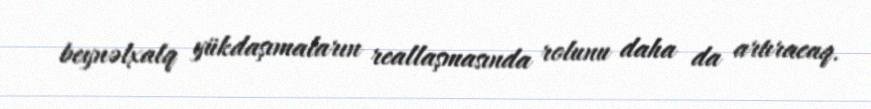
beynəlxalq yükdaşımaların reallaşmasında rolunu daha da artıracaq.